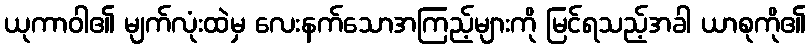
ယုကာဝါ၏ မျက်လုံးထဲမှ လေးနက်သောအကြည့်များကို မြင်ရသည့်အခါ ယာစုကို၏